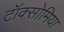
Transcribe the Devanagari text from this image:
टॉक्सोमिया